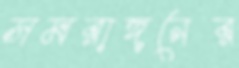
সমরাঙ্গনের